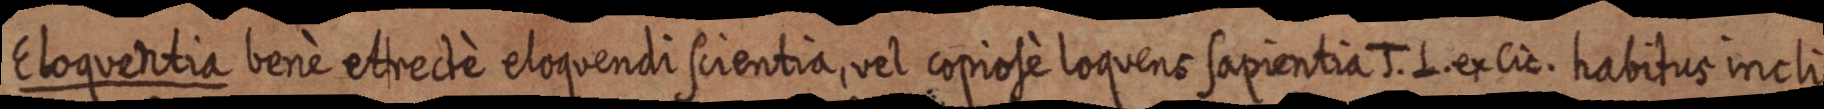
Eloquentia benè etrectè eloquendi scientia, vel copiosè loquens sapientia J. L. ex Cic. habitus incli